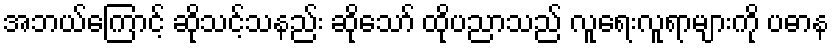
အဘယ်ကြောင့် ဆိုသင့်သနည်း ဆိုသော် ထိုပညာသည် လူရေးလူရာများကို ပဓာန